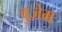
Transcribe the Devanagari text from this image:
वुज़ेम